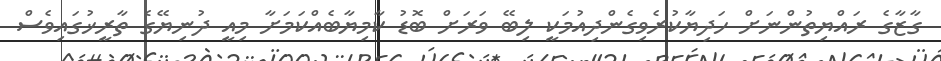
ގާޒާގެ ރައްޔިތުންނަށް ހަދިޔާކުރެވިގެންދިއުމަކީ ލިބޭ ވަރަށް ބޮޑު ކާމިޔާބެއްކަމަށާ މިއީ ދުނިޔޭގެ ތާރީޚުގައިވެސް